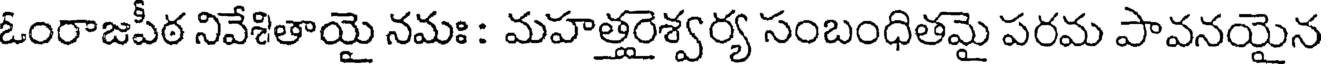
ఓంరాజపీఠ నివేశితాయై నమః : మహత్తరైశ్వర్య సంబంధితమై పరమ పావనయైన